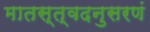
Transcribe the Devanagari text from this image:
मातस्त्वदनुसरणं